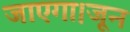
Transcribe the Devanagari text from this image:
जाएगा।जून